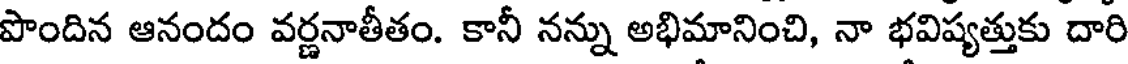
పొందిన ఆనందం వర్ణనాతీతం. కానీ నన్ను అభిమానించి, నా భవిష్యత్తుకు దారి